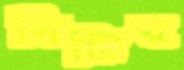
বিটির